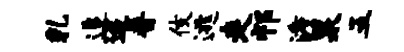
乳追迢普伎逃走祁澹泉五